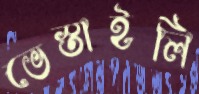
ভেস্তাইলি